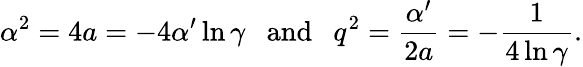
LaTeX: \alpha^{2}=4a=-4\alpha^{\prime}\ln\gamma~~~\mathrm{and}~~~q^{2}=\frac{\alpha^{\prime}}{2a}=-\frac{1}{4\ln\gamma}.